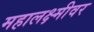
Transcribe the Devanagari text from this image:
महालक्ष्मीवर